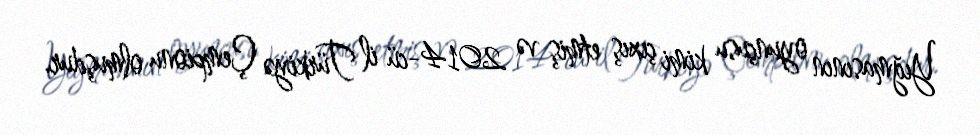
Yığmasının oyunçusu kimi çıxış etmiş və 2014-cü il Türkiyə Çempionu olmuşdur.